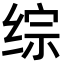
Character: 综